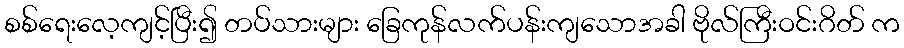
စစ်ရေးလေ့ကျင့်ပြီး၍ တပ်သားများ ခြေကုန်လက်ပန်းကျသောအခါ ဗိုလ်ကြီးဝင်းဂိတ် က